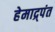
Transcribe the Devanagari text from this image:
हेमाद्र्पंत